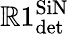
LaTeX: \mathbb{R}1_{\textrm{{det}}}^{\textrm{{SiN}}}